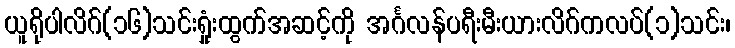
ယူရိုပါလိဂ်(၁၆)သင်းရှုံးထွက်အဆင့်ကို အင်္ဂလန်ပရီးမီးယားလိဂ်ကလပ်(၁)သင်း၊